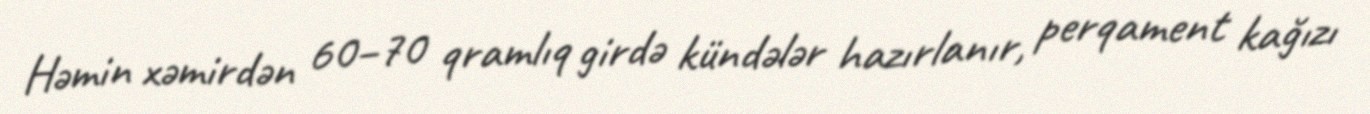
Həmin xəmirdən 60–70 qramlıq girdə kündələr hazırlanır, perqament kağızı